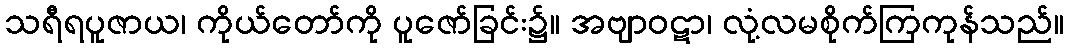
သရီရပူဇာယ၊ ကိုယ်တော်ကို ပူဇော်ခြင်း၌။ အဗျာဝဋာ၊ လုံ့လမစိုက်ကြကုန်သည်။